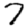
Digit: 7